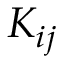
K _ { i j }